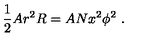
\frac { 1 } { 2 } A r ^ { 2 } R = A N x ^ { 2 } \phi ^ { 2 } \ .